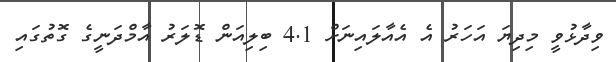
ވިދާޅުވީ މިދިޔަ އަހަރު އެ އެއާލައިނަށް 4.1 ބިލިއަން ޑޮލަރު އާމްދަނީގެ ގޮތުގައި